Notes on vaccination in the North-West Frontier Province 1923-1928 - 1923-1928
Year: 1923
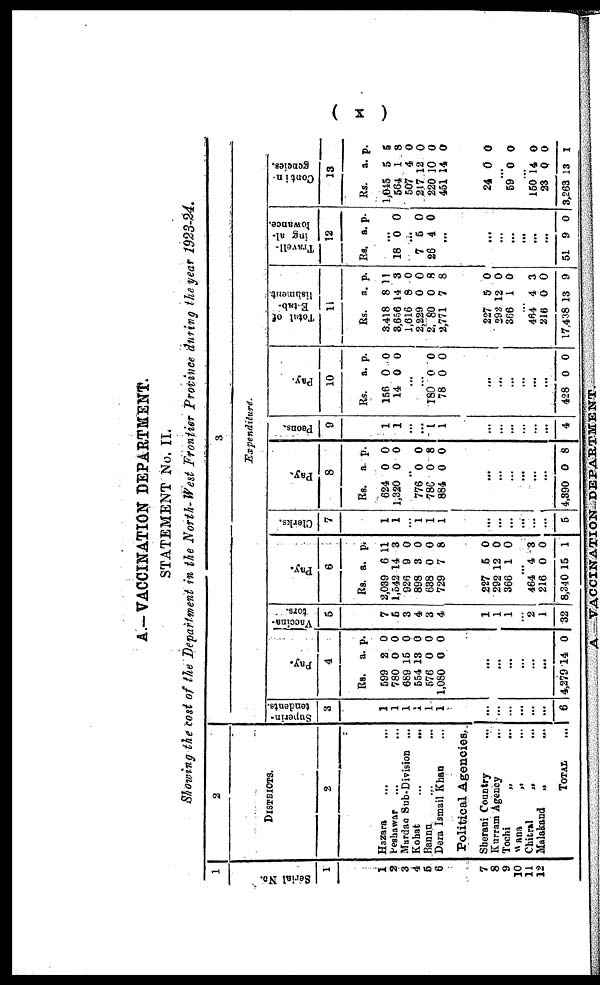
( x )
A.— VACCINATION DEPARTMENT.
STATEMENT No. II.
Showing the cost of the Department in the North-West Frontier Province during the year 1923-24.
1
Serial No.
1
1
2
3
4
5
6
7
8
9
10
11
12
2
DISTRICTS.
2
Hazara ... ...
Peshawar ... ...
Mardan Sub-Division
...
Kohat ... ...
Bannu ... ...
Dera Ismail Khan ...
Political Agencies.
Sherani Country ...
Kurram Agency ...
Tochi
„ ...
Wana
„ ...
Chitral
„ ...
Malakand
„ ...
TOTAL ...
3
Expenditure.
Undents.
3
1
1
1
1
1
1
...
...
...
...
...
...
6
Pay.
4
Rs.
599
780
669
554
576
1,080
a.
2
0
15
13
0
0
p.
0
0
0
0
0
0
...
...
...
...
...
...
4,279 14 0
Vaccina¬
tors.
5
7
5
3
4
3
4
1
1
1
...
2
1
32
Pay.
6
Rs.
2,039
1,542
926
898
688
729
a.
6
14
9
3
0
7
p.
11
3
0
0
0
8
227
292
366
5
12
1
0
0
0
...
464
216
8,340
4
0
15
3
0
1
Clerks.
7
1
1
... 1
1
1
...
...
...
...
...
...
5
Pay.
8
Rs.
624
1,320
a
0
0
p.
0
0
...
776
786
884
0
0
0
0
8
0
...
...
...
...
...
...
4,390 0 8
Peons.
9
1
1
...
...
1
1
...
...
...
...
...
...
4
Pay.
10
Rs.
156
14
a.
0
0
p.
0
0
...
...
180
78
0
0
0
0
...
...
...
...
...
...
428 0 0
Total of
Estab¬
lishment.
11
Rs.
8,418
3,656
1,616
2,229
2,080
2,771
a.
8
14
8
0
0
7
P.
11
3
0
0
8
8
227
292
366
5
12
1
0
0
0
...
464
216
17,438
4
0
13
3
0
9
Travell-
ing al-
lowance.
12
Rs. a. p.
...
18 0 0
...
7
26
5
4
0
0
...
...
...
...
...
...
...
51 9 0
Contin
gencies.
13
Rs.
1,045
564
507
217
220
451
a.
5
1
4
12
10
14
p.
5
8
0
0
0
0
24 0 0
...
59 0 0
...
150
23
3,263
14
0
13
0
0
1